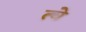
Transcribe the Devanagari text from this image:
त्चे